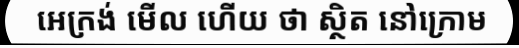
អេក្រង់ មើល ហើយ ថា ស្ថិត នៅក្រោម